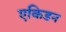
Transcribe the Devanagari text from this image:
एकिडन